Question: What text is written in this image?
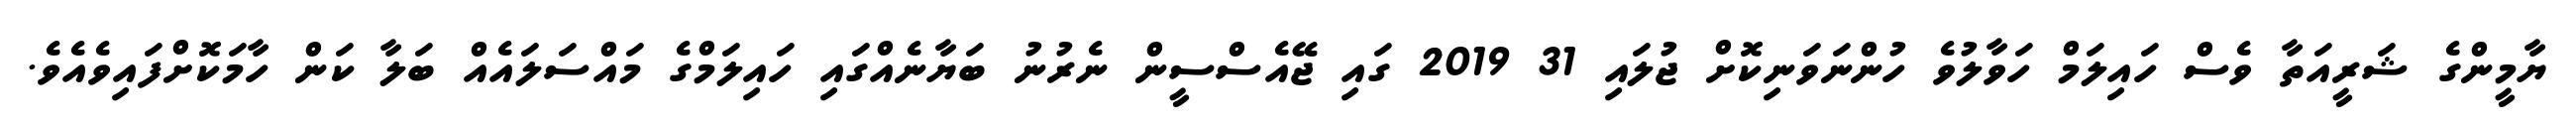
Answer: ޔާމީންގެ ޝަރީއަތާ ވެސް ހައިލަމް ހަވާލުވެ ހުންނަވަނިކޮށް ޖުލައި 31 2019 ގައި ޖޭއެސްސީން ނެރުނު ބަޔާނެއްގައި ހައިލަމްގެ މައްސަލައެއް ބަލާ ކަން ހާމަކޮށްފައިވެއެވެ.